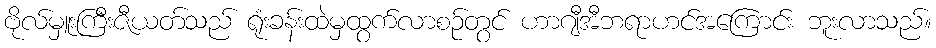
ဗိုလ်မှူးကြီးဇီယတ်သည် ရုံးခန်းထဲမှထွက်လာစဉ်တွင် ဟာဂျီအီဘရာဟင်အကြောင်း ဘူးလာသည်။